Medical and sanitary report of the native army of Madras for the year
Year: 1877
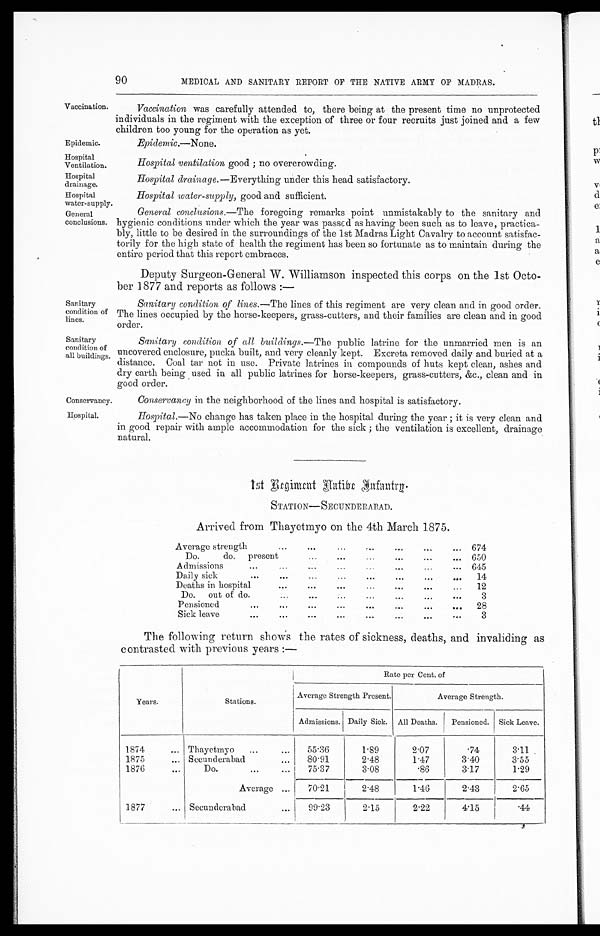
90
MEDICAL AND SANITARY REPORT OF THE NATIVE ARMY OF MADRAS.
Vaccination
Epidemic.
Hospital
Ventilation.
Hospital
drainage.
Hospital
water-supply
general
conclusions.
Sanitary
condition of
lines.
Sanitary
condition of
all buildings
Conservancy.
Hospital.
Vaccination was carefully attended to, there being at the present time no unprotected
individuals in the regiment with the exception of three or four recruits just joined and a few
children too young for the operation as yet.
Epidemic.—None.
Hospital ventilation good ; no overcrowding.
Hospital drainage .—Everything under this head satisfactory.
Hospital water-supply, good and sufficient.
General conclusions.—The foregoing remarks point unmistakably to the sanitary and
hygienic conditions under which the year was passed as having been such as to leave, practica
-bly, little to be desired in the surroundings of the 1st Madras Light Cavalry to account satisfac
-torily for the high state of health the regiment has been so fortunate as to maintain during the
entire period that this report embraces.
Deputy Surgeon-General W. Williamson inspected this corps on the 1st Octo
-ber 1877 and reports as follows : —
Sanitary condition of lines.— The lines of this regiment are very clean and in good order.
The lines occupied by the horse-keepers, grass-cutters, and their families are clean and in good
order.
Sanitary condition of all buildings.—The public latrine for the unmarried men is an
uncovered enclosure, pucka built, and very cleanly kept. Excreta removed daily and buried at a
distance. Coal tar not in use. Private latrines in compounds of huts kept clean, ashes and
dry earth being used in all public latrines for horse-keepers, grass-cutters, &c., clean and in
good order.
Conservancy in the neighborhood of the lines and hospital is satisfactory.
Hospital.—No change has taken place in the hospital during the year ; it is very clean and
in good repair with ample accommodation for the sick ; the ventilation is excellent, drainage
natural.
1 s t R e g i m e n t N a t i v e I
n f a n t r y .
STATION—SECUNDERABAD.
Arrived from Thayetmyo on the 4th March 1875.
...
...
Average strength
•••
...
• • •
674
Do.
do.
present
...
...
...
650
Admissions ... ... ... ... ... 645
Daily sick
...
...
...
...
...
...
14
Deaths in hospital ...
...
...
...
12
Do. out of do.
...
...
...
...
3
Pensioned
...
...
...
...
...
28
Sick leave
...
...
...
...
3
The following return shows the rates of sickness, deaths, and invaliding as
contrasted with previous years :—
Rate per Cent. of
Years.
Stations.
Average Strength Present.
Average Strength.
Admissions. Daily Sick. All Deaths.
Pensioned. Sick Leave.
1874
... Thayetmyo
...
...
55 . 36
1.89
2.07
.74
3 11
1875
... Secunderabad
...
80 . 91
2.48
1.47
3.40
3 55
1876
...
Do.
...
...
75 . 37
3.08
.86
3 17
1 29
Average ...
70 . 21
2 48
1.46
2.43
2 65
1877
... Secunderabad...
90 23
2 . 15
2.22
4.15
44